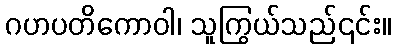
ဂဟပတိကောဝါ၊ သူကြွယ်သည်၎င်း။